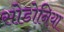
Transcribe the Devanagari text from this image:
सोडोनिया